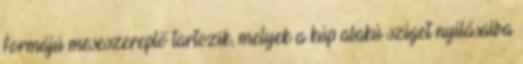
formájú meseszereplő tartozik, melyek a kúp alakú sziget nyílásaiba